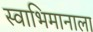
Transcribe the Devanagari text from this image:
स्वाभिमानाला